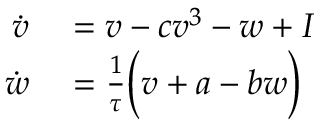
\begin{array} { r l } { \dot { v } } & { { } = v - c v ^ { 3 } - w + I } \\ { \dot { w } } & { { } = \frac { 1 } { \tau } \Big ( v + a - b w \Big ) } \end{array}